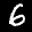
Label: 6